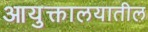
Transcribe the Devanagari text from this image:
आयुक्तालयातील